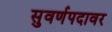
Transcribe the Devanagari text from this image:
सुवर्णपदावर